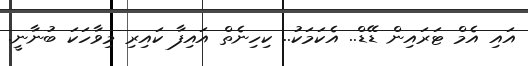
އައި އެމް ޓަރައިން ޑޭޑް.. އެކަމަކު.. ކިހިނެތް އައިފާ ކައިރި މިވާހަކަ ބުނާނީ.